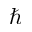
\hbar